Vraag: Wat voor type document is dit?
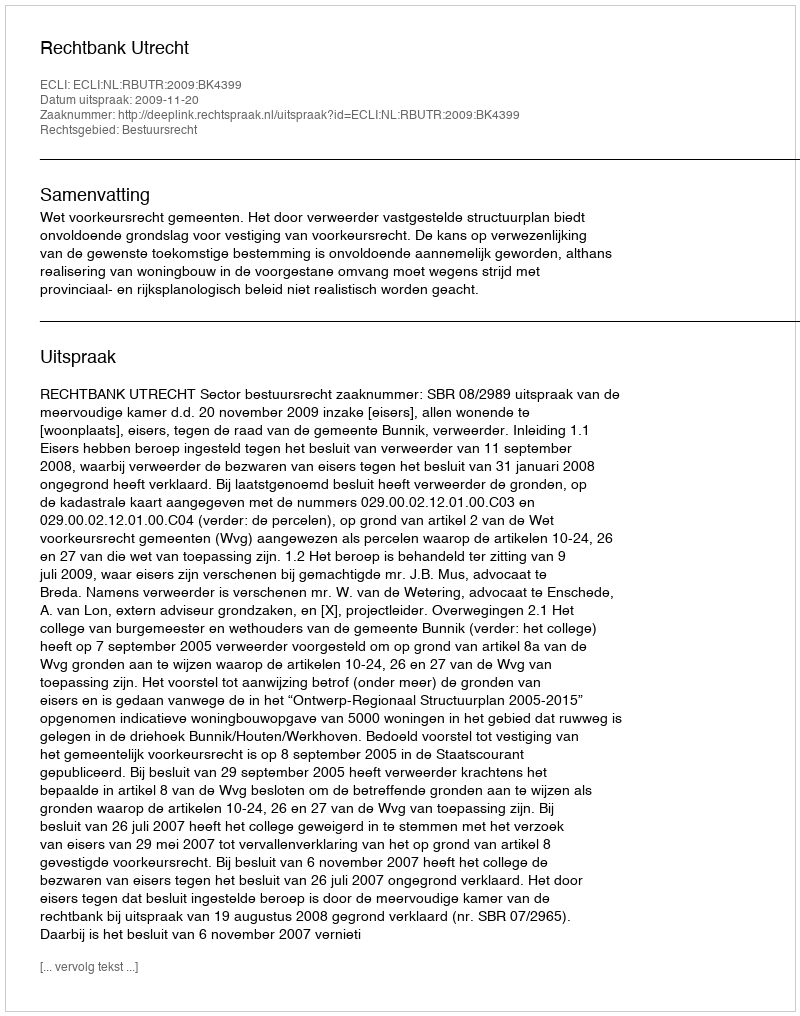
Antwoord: Uitspraak